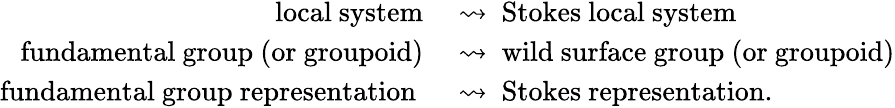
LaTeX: \begin{array}{rl}{\mathrm{local~system}\ }&{\rightsquigarrow\ \mathrm{Stokes~local~system}}\\ {\mathrm{~fundamental~group~(or~groupoid)}\ }&{\rightsquigarrow\ \mathrm{wild~surface~group~(or~groupoid)}}\\ {\mathrm{fundamental~group~representation~}\ }&{\rightsquigarrow\ \mathrm{Stokes~representation.}}\end{array}